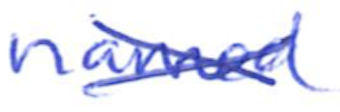
Text: named
Cross-out: cross
Writing tool: ballpoint